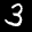
Label: 3